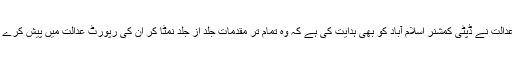
عدالت نے ڈپٹی کمشنر اسلام آباد کو بھی ہدایت کی ہے کہ وہ تمام تر مقدمات جلد از جلد نمٹا کر ان کی رپورٹ عدالت میں پیش کرے ۔